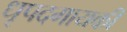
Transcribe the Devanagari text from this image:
धृपदगायकी